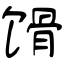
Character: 馉